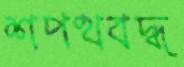
শপথবদ্ধ